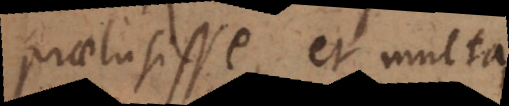
praelusisse, et multa